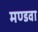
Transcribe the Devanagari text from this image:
मण्डवा